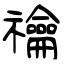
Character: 禴